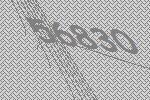
56830